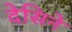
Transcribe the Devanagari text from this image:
देसिने